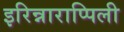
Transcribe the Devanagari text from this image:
इरिन्नाराप्पिली